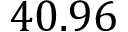
4 0 . 9 6